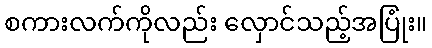
စကားလက်ကိုလည်း လှောင်သည့်အပြုံး။